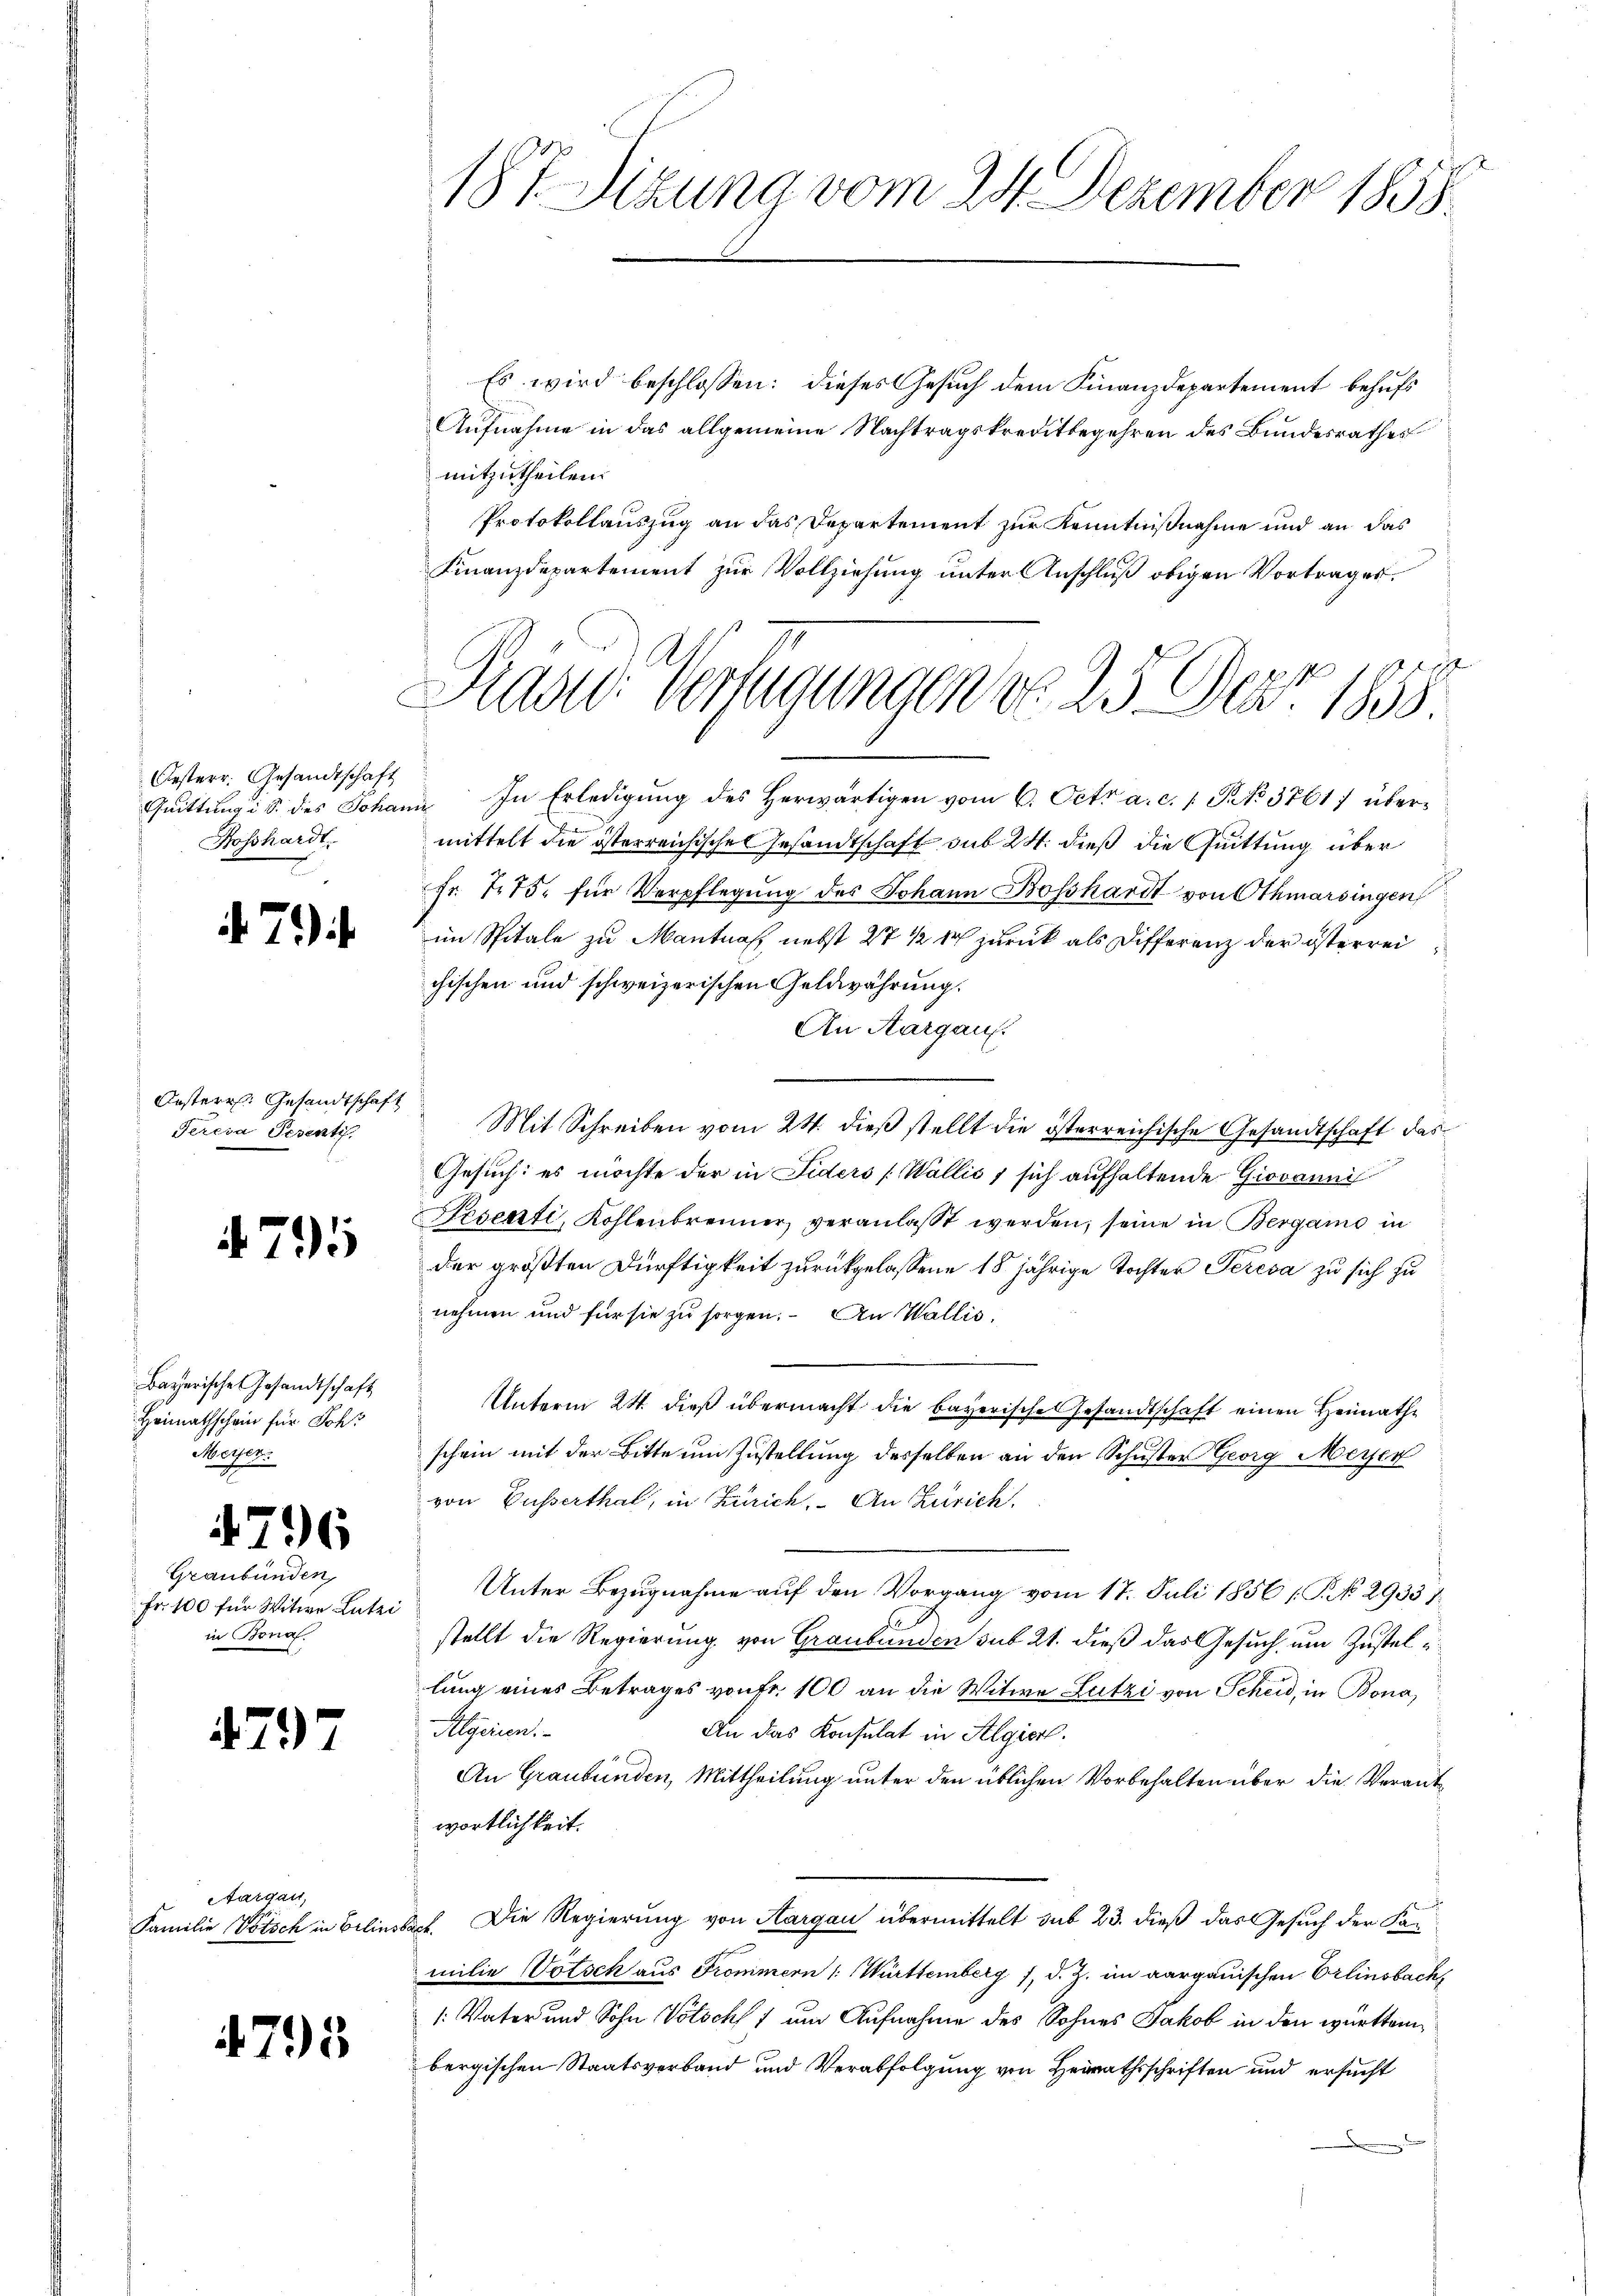
Oesterr. Gesandtschaft
Hosshardt.

.22)

Oesterr. Gesandtschaft
Tereva Peventi

. 795

Bayerische Gesandtschaft
Heimathschein für Joh.
Miethen.

4796

Graubünden,
Fr. 100 für Witwe Lutzi
in Bona

4797

Aargau,
Familie Vötsch in Belin

4795

187 Sizung vom 24. Dezember 1858.

Präsid. Verfügungen d. 25. Der 1858.

Es wird beschlossen: dieses Gesuch dem Finanzdepartement behufs
Aufnahme in das allgemeine Nachtragskreditbegehren des Bundesrathes
mitzutheilen.
Protokollauszug an das Departement zur Kenntnißnahme und an das
Finanzdepartement zur Vollziehung unter Anschluß obigen Vortrages.
f
Quittung i S. des Johann In Erledigŭng des herwärtigen vom 6. Oct. a. c. 1. P. No 37617 übermittelt die österreichische Gesandtschaft sub 24. dieß die Quittung über
Fr. 775. für Verpflegung des Johann Bosshardt von Othmarsingen
im Spitale zu Mantnaf nebst 27 ½ 4 zurück als Differenz der österrei
chischen und schweizerischen Geldwährung.
An Aargau.
Mit Schreiben vom 24. dieß stellt die österreichische Gesandtschaft das
Gesuch: es möchte der in Fiders (Wallis, sich aufhaltende Giovanni
Pesenti, Kohlenbrenner veranlasst werden, seine in Bergamo in
der größten Dürftigkeit zurückgelassene 18jährige Tochter Seresa zu sich zu
nehmen und für sie zu sorgen. An Wallis.
Unterm 24. dieß übermacht die bayerische Gesandtschaft einen Heimathe
schein mit der Bitte um Zustellung desselben an den Schuster Georg Meisen
von Busserthal, in Zürich, An Zürich,
Unter Bezugnahme auf den Vorgang vom 17. Juli 1856 [P. No 2933 1
stellt die Regierung von Graubünden sub 21. dieß das Gesuch um Zustel
lung eines Betrages von Fr. 100 an die Witwe Lutzi von Scheid, in Bona
Algerin.
An das Konsulat in Algier.
An Graubünden, Mittheilung unter den üblichen Vorbehalten über die Verantwortlichkeit.
Die Regierung von Aargau übermittelt sub 23. dieß das Gesuch der Fa¬
Pact.
milie Votsch aus Frommern ( Württemberg /, d. Z. im aargauischen Erlinsbach,
1: Vater und Sohn Votsch um Aufnahme des Sohnes Jakob in den württembergischen Staatsverband und Verabfolgung von Heirathsschriften und ersucht